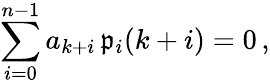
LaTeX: \sum_{i=0}^{n-1}a_{k+i}\, \mathfrak{p}_{i}(k+i)=0\, ,